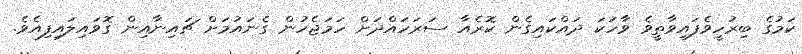
ކަމުގެ ބިރުހީވެފައިވާތީވެ ވާހަކަ ދައްކައިގެން ކޮރެއާ ސަރަަހައްދަށް ހަމަޖެހުން ގެނައުމަށް ޗައިނާއިން ގޮވައިލައިފިއެވެ.